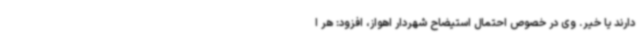
دارند یا خیر. وی در خصوص احتمال استیضاح شهردار اهواز، افزود: هر ا